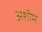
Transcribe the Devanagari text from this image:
अशीम